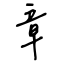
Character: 章